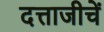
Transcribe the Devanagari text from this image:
दत्ताजीचें